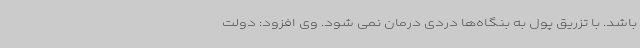
باشد. با تزریق پول به بنگاه‌ها دردی درمان نمی شود. وی افزود: دولت